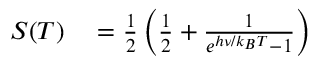
\begin{array} { r l } { S ( T ) } & { { } = \frac { 1 } { 2 } \left( \frac { 1 } { 2 } + \frac { 1 } { e ^ { h \nu / k _ { B } T } - 1 } \right) } \end{array}